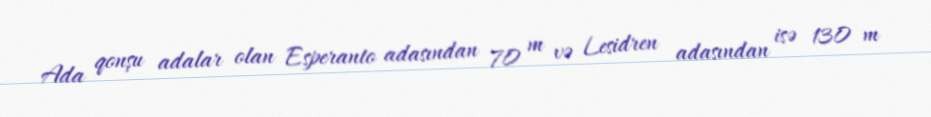
Ada qonşu adalar olan Esperanto adasından 70 m və Lesidren adasından isə 130 m